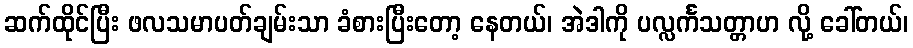
ဆက်ထိုင်ပြီး ဖလသမာပတ်ချမ်းသာ ခံစားပြီးတော့ နေတယ်၊ အဲဒါကို ပလ္လင်္ကသတ္တာဟ လို့ ခေါ်တယ်၊